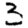
Digit: 3